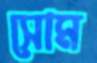
সোম